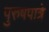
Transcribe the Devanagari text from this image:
पुरुषपात्रे